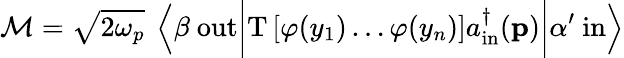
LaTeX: {\mathcal{M}}={\sqrt{2\omega_{p}}}\ \left\langle\beta\ \mathrm{out}{\bigg|}\mathrm{T}\left[\varphi(y_{1})\ldots\varphi(y_{n})\right]a_{\mathrm{in}}^{\dagger}(\mathbf{p}){\bigg|}\alpha^{\prime}\ \mathrm{in}\right\rangle